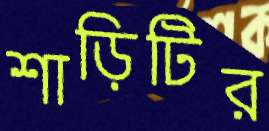
শাড়িটির